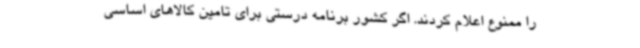
را ممنوع اعلام کردند. اگر کشور برنامه درستی برای تامین کالاهای اساسی